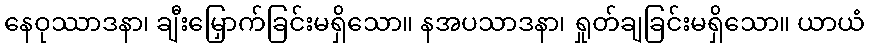
နေဝုဿာဒနာ၊ ချီးမြှောက်ခြင်းမရှိသော။ နအပသာဒနာ၊ ရှုတ်ချခြင်းမရှိသော။ ယာယံ